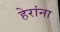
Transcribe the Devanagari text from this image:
हेरांना